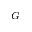
_ G